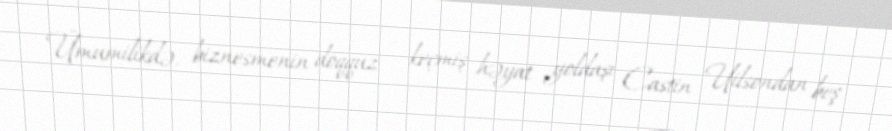
Ümumilikdə, biznesmenin doqquz - keçmiş həyat yoldaşı Castin Uilsondan beş